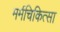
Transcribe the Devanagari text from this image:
मर्मचिकित्सा